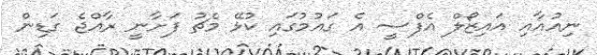
ނިއުއާއިި އައިޒޯލް އެފްސީ އެ ގައުމުގައި ކުޅޭ މެޗު ފަށާނީ ރާއްޖެ ގަޑިން